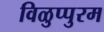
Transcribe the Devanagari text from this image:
विळुप्पुरम